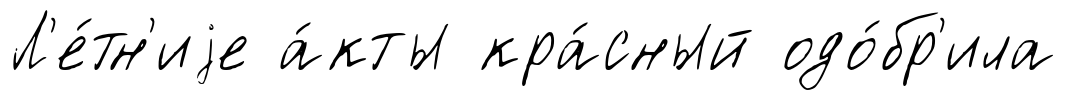
Л'е́тн'иjе а́кты кра́сный одо́бр'ила